Tartu_Kolgata_baptistikogudus, lk 88
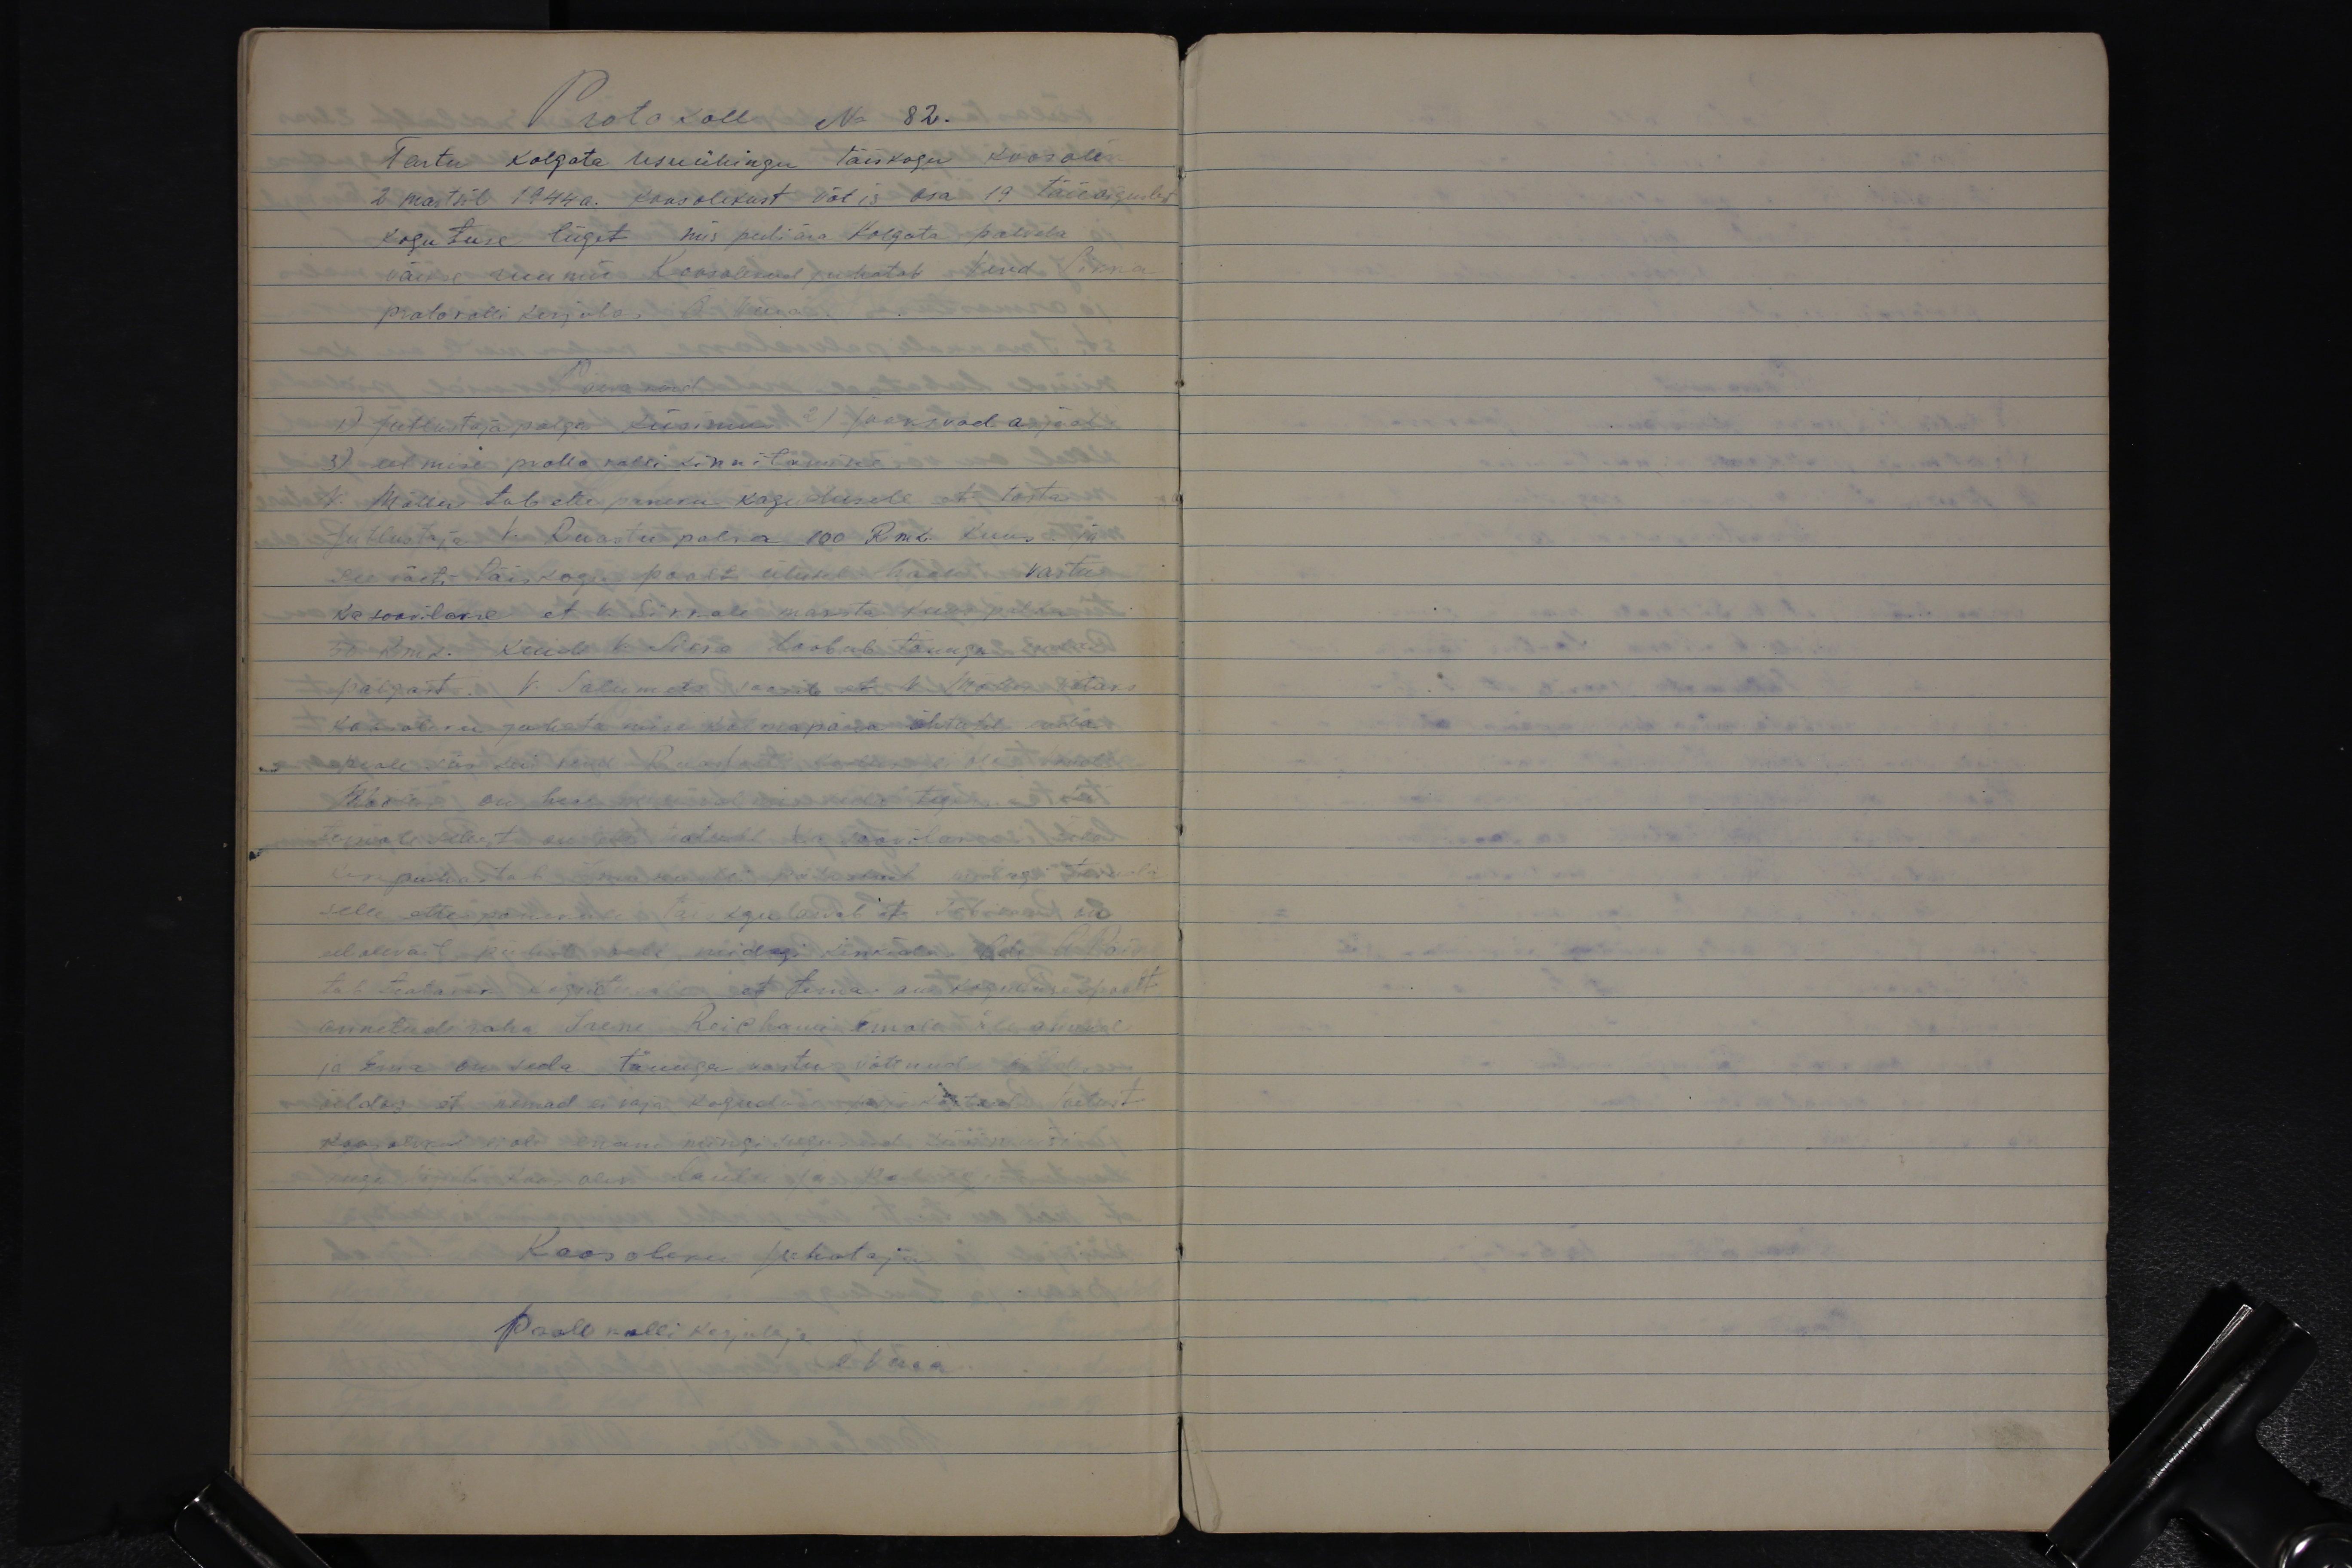
Protokoll No 82.
Tartu Kolgata usuühingu täiskogu koosolek
2 martsil 1944 a. Koosolekust võtis osa 19 täieõiguslist
kogutuse liiget mis peeti ära Kolgata palvela
väikse ruumis Koosolekud juhatab Vend Sikka
Protokolli kirjutas O tema.
Päevakord
1) jutlustaja palga küsimus 2) jooksvad asjad
3) eelmise protokolli kinnitamine.
V. Möller teeb ettepaneku kogudusele et tõsta
jutlastaja v. Ruastu palka 100 Rmk. Kuus ja
see võeti täiskogu poolt ühel häälel vastu
Ka soovitakse, et V. Sikkale maksta kuus palka
50 Rmk. Kuid v. Sikka loobub tänuga enda
palgast. V. Salumets soovib et V. Möller võtaks
koosoleku juhatamise kolmapäeva õhtutel enda
Koosoleku juhataja